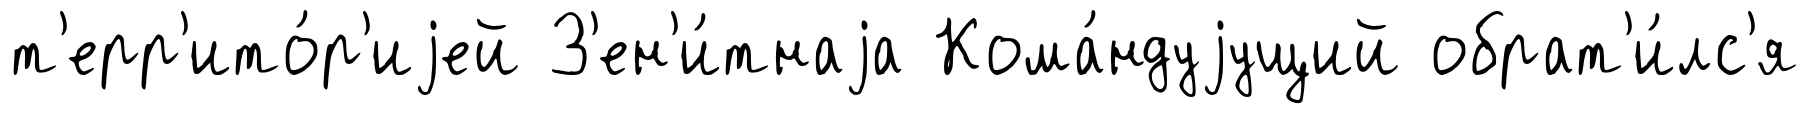
т'ерр'ито́р'иjей З'ен'и́тнаjа Кома́ндуjущий обрат'и́лс'я